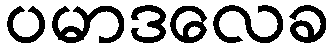
ပမာဒလေခ